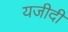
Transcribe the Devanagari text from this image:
यजीदी